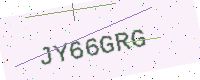
Text: JY66GRG